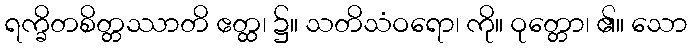
ရက္ခိတစိတ္တဿာတိ ဧတ္ထ၊ ၌။ သတိသံဝရော၊ ကို။ ဝုတ္တော၊ ၏။ သော